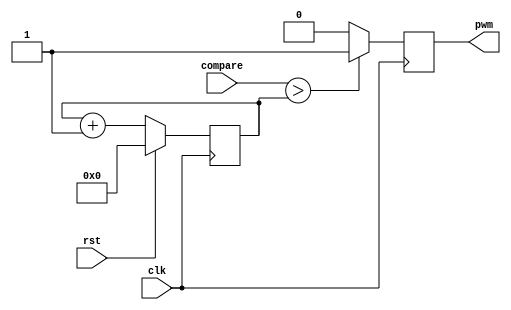
 module pwm #(parameter CTR_LEN = 8) (
    input clk,
    input rst,
    input [CTR_LEN - 1 : 0] compare,
    output pwm
);
 
reg pwm_d, pwm_q;
reg [CTR_LEN - 1: 0] ctr_d, ctr_q;
 
assign pwm = pwm_q;
 
always @(*) begin
    ctr_d = ctr_q + 1'b1;
 
    if (compare > ctr_q)
        pwm_d = 1'b1;
    else
        pwm_d = 1'b0;
end
 
always @(posedge clk) begin
    if (rst) begin
        ctr_q <= 1'b0;
    end else begin
        ctr_q <= ctr_d;
    end
 
    pwm_q <= pwm_d;
end
 
endmodule










/*module counter (clk, reset, enable, count);  
input clk, reset, enable;
output [3:0] count;
reg [3:0] count; 

always @ (posedge clk)
if (reset == 1'b1) begin
	count <= 0;
end else if (enable == 1'b1) begin
	count <= count+1; 
end 

endmodule 

*/